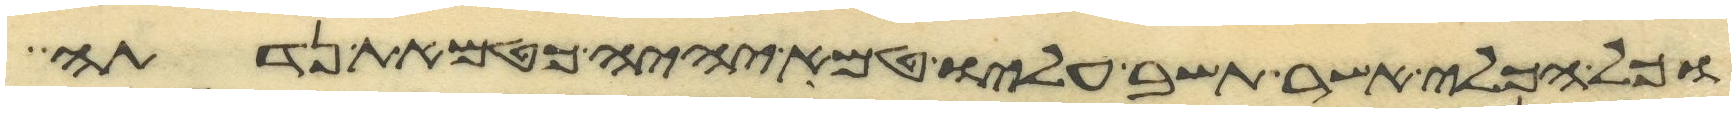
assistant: וכל הכלי אשר תשב עליו טמא יהיה כטמאת נדתה